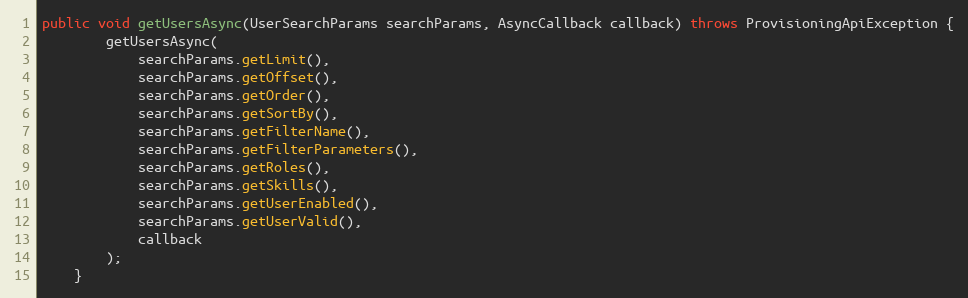
Language: Java
public void getUsersAsync(UserSearchParams searchParams, AsyncCallback callback) throws ProvisioningApiException {
		getUsersAsync(
			searchParams.getLimit(),
			searchParams.getOffset(),
			searchParams.getOrder(),
			searchParams.getSortBy(),
			searchParams.getFilterName(),
			searchParams.getFilterParameters(),
			searchParams.getRoles(),
			searchParams.getSkills(),
			searchParams.getUserEnabled(),
			searchParams.getUserValid(),
			callback
		);
	}